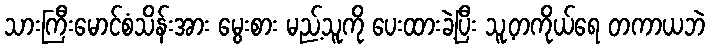
သားကြီးမောင်စံသိန်းအား မွေးစား မည့်သူကို ပေးထားခဲ့ပြီး သူ့တကိုယ်ရေ တကာယဘဲ